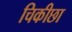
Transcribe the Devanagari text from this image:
चिकीछा